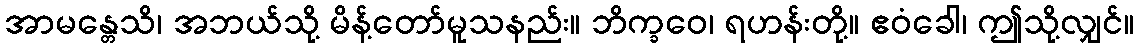
အာမန္တေသိ၊ အဘယ်သို့ မိန့်တော်မူသနည်း။ ဘိက္ခဝေ၊ ရဟန်းတို့။ ဧဝံခေါ၊ ဤသို့လျှင်။